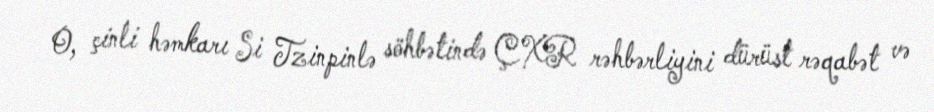
O, çinli həmkarı Si Tzinpinlə söhbətində ÇXR rəhbərliyini dürüst rəqabət və